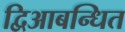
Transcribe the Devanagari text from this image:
द्विआबन्धित